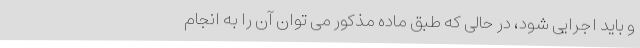
و باید اجرایی شود، در حالی که طبق ماده مذکور می توان آن را به انجام